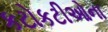
કટોકટીઓના